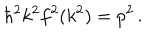
LaTeX: \hbar ^ { 2 } k ^ { 2 } f ^ { 2 } ( k ^ { 2 } ) = p ^ { 2 } \, .